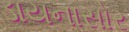
ડાયનાસોર